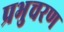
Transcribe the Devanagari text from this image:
प्रभुचरण